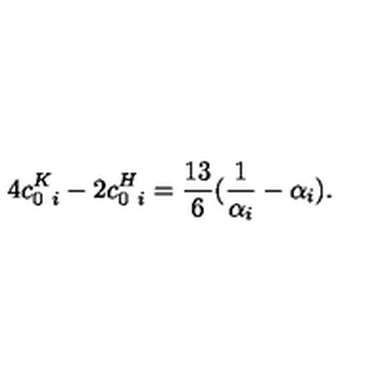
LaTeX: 4 c _ { 0 \ i } ^ { K } - 2 c _ { 0 \ i } ^ { H } = { \frac { 1 3 } { 6 } } ( { \frac { 1 } { \alpha _ { i } } } - \alpha _ { i } ) .